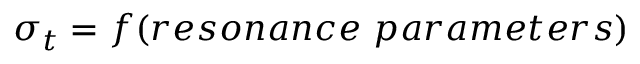
\sigma _ { t } = f ( r e s o n a n c e \ p a r a m e t e r s )